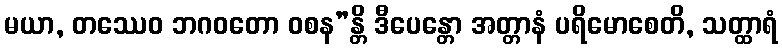
မယာ, တဿေဝ ဘဂဝတော ဝစန”န္တိ ဒီပေန္တော အတ္တာနံ ပရိမောစေတိ, သတ္ထာရံ